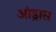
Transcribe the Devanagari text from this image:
आंड्रास